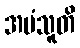
အပံသူတိ